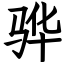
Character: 骅